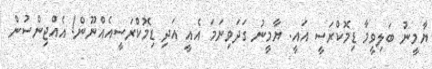
ޔާމީނު ބަލިވީމާ ޑިމޮކްރަސީ އައީ. ޔާމީނު ގަދަވިނަމަ އެއީ އަދި ޑިމޮކްރަސީއެއްނޫން! އެއްޖިންސުން